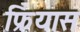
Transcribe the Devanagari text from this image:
फ्रियास